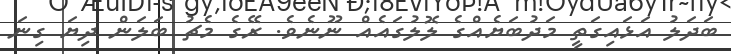
ބަދަލު އަޅައިގަތީ މަދުބަޔެއްގެ ލޮލުގައެއް ނޫނެވެ. ރޭގެ މެޗު ބަލަން ދިޔަ ގިނަ